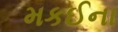
મકઈના